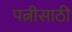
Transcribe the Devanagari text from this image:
पत्नीसाठी